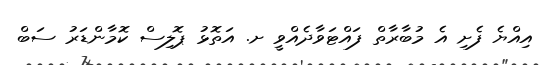
އިއްޔެ ފެށި އެ މުބާރާތް ފައްޓަވާދެއްވީ ށ. އަތޮޅު ޕޮލިސް ކޮމާންޑަރު ސަބް